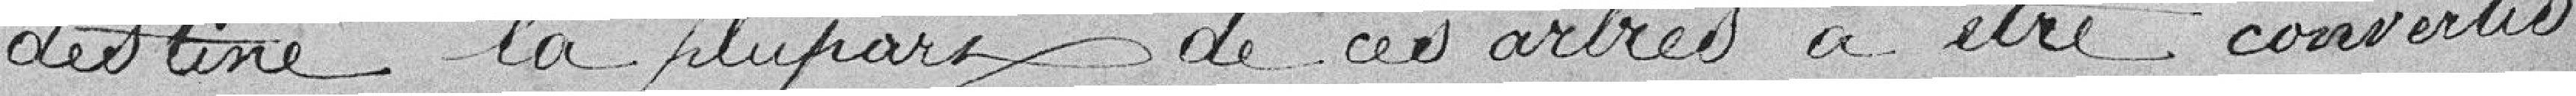
destiné la plupart de ces arbres a être convertis